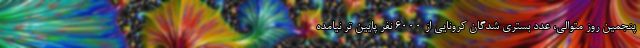
پنجمین روز متوالی، عدد بستری شدگان کرونایی از ۶۰۰۰ نفر پایین تر نیامده